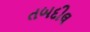
તબદીલ